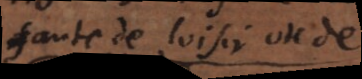
faute de loisir ou de